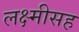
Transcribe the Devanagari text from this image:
लक्ष्मीसह